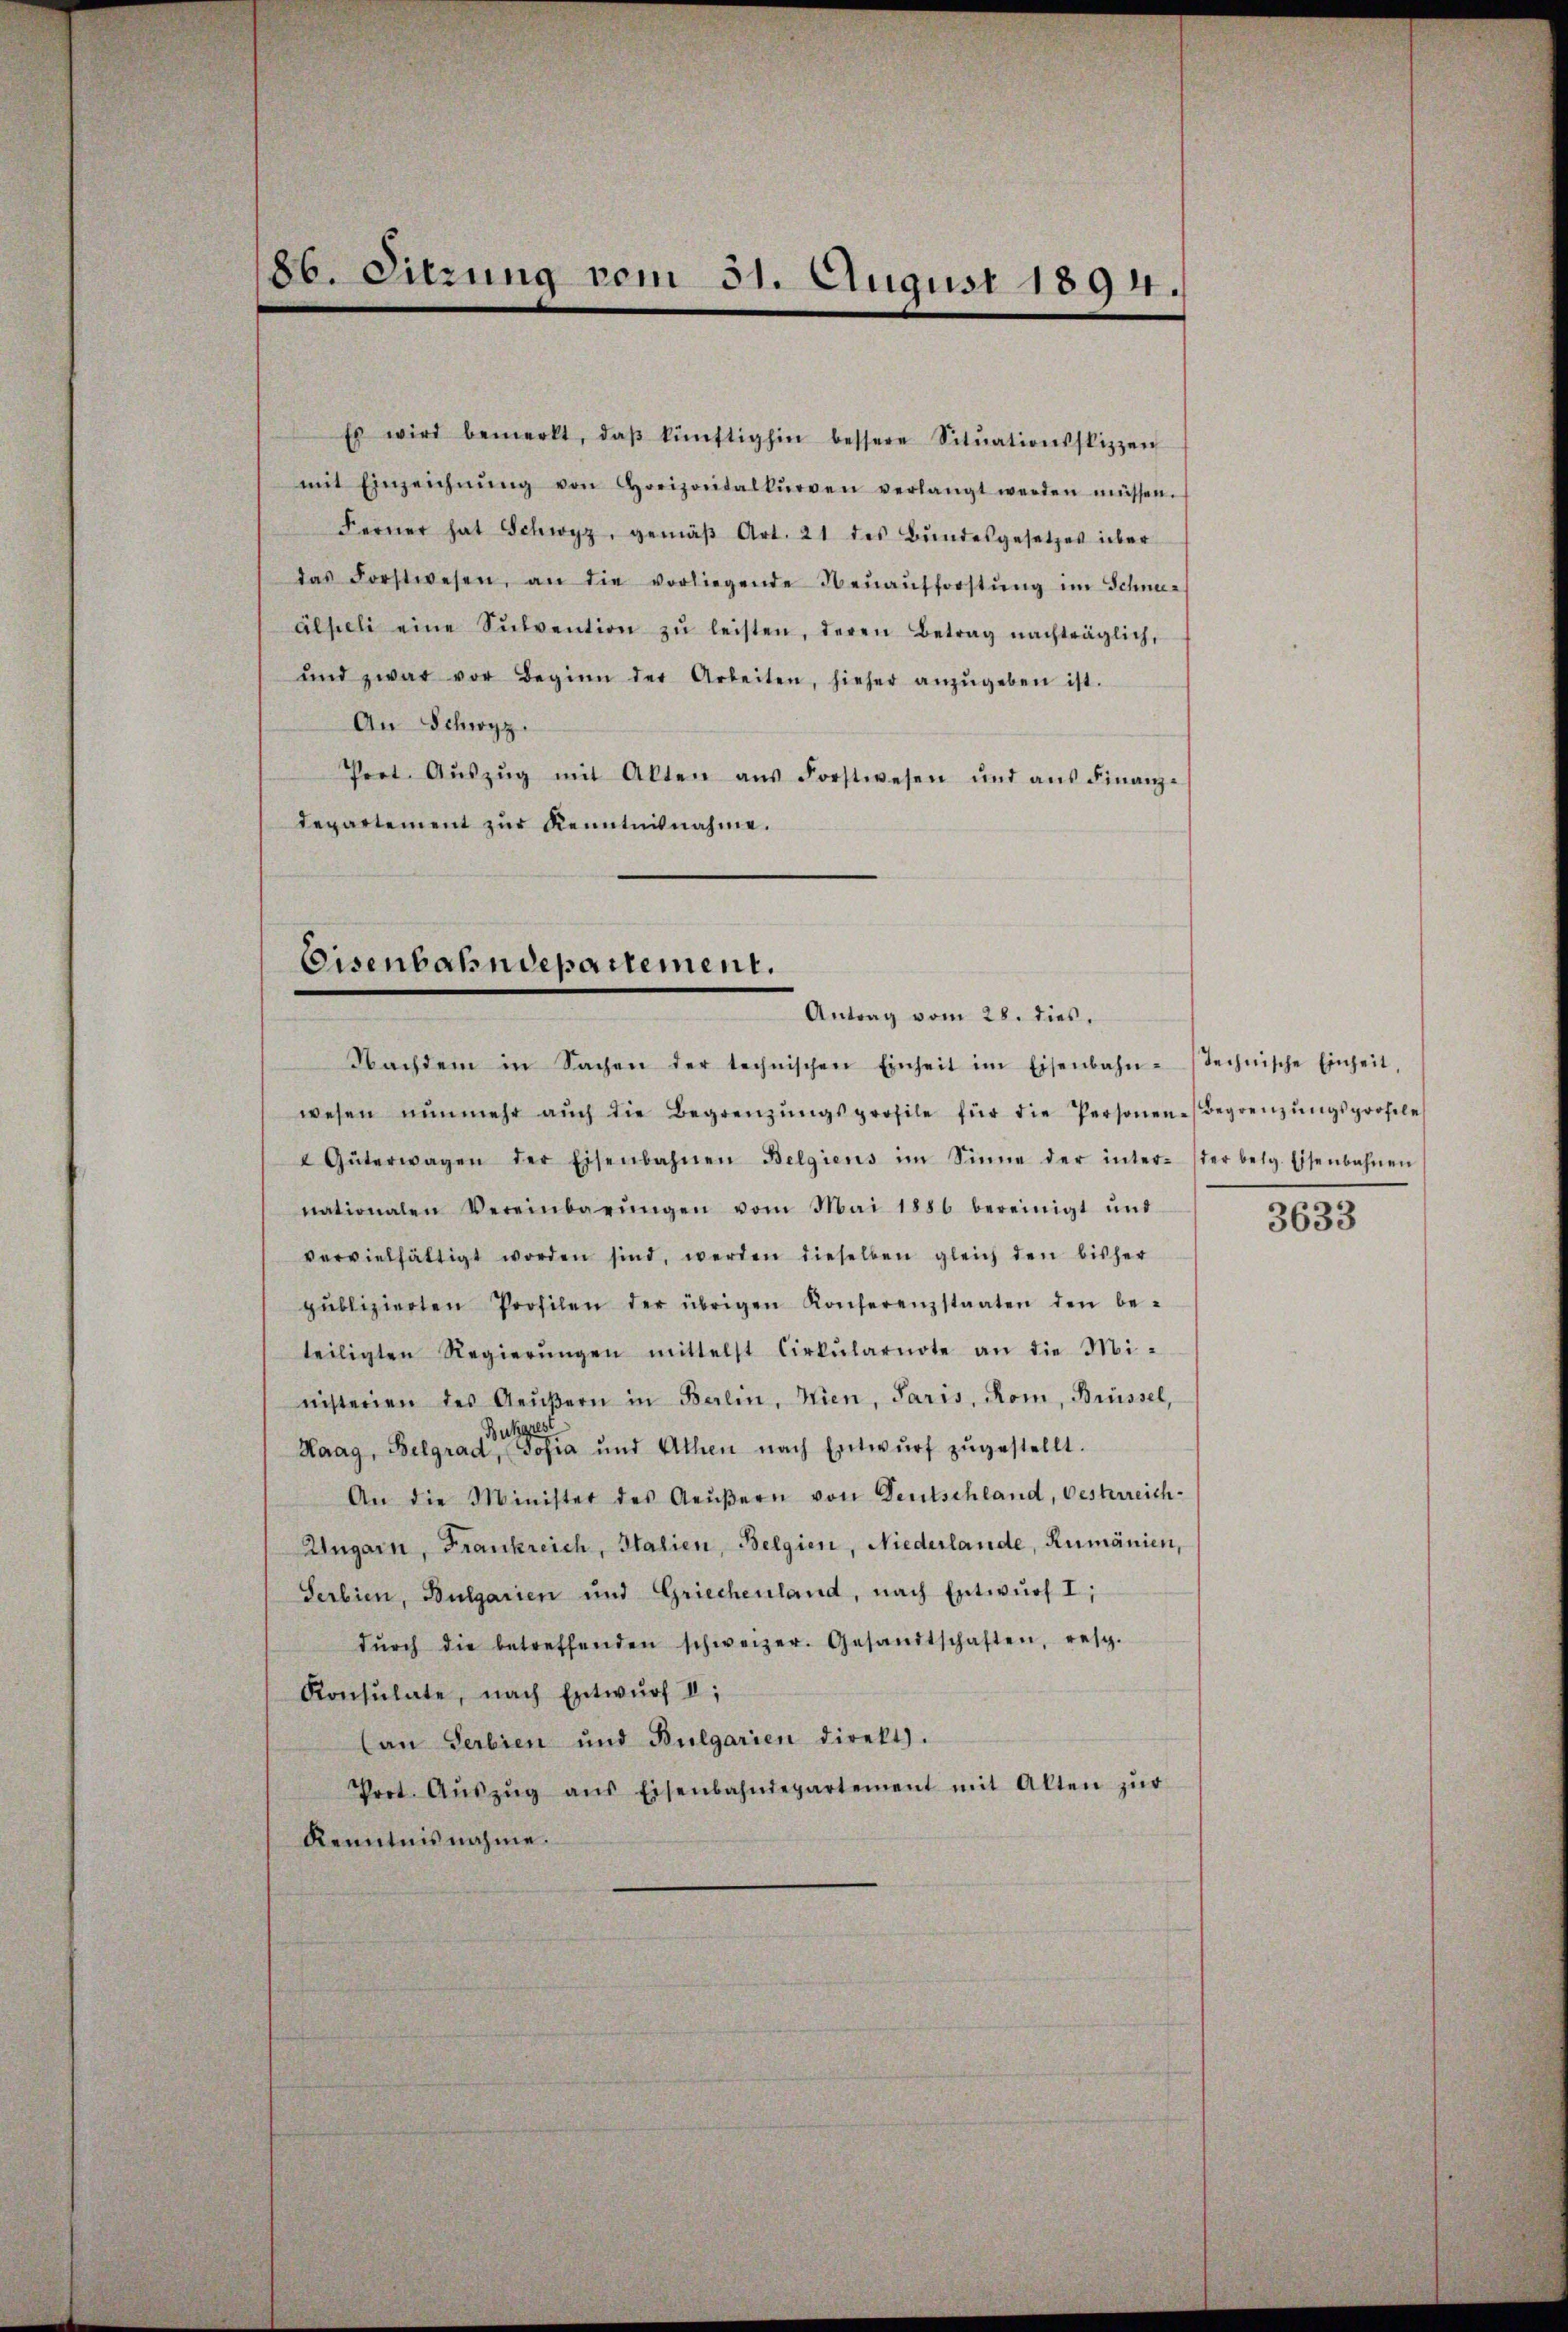
86. Sitzung vom 31. August 1894.

Es wird bemerkt, daβ künftighin bessere Sitŭationsstizzen
mit Einzeichnŭng von Horizontalkurven verlangt werden müssen.
Ferner hat Schwyz, gemäβ Art. 21 des Bŭndesgesetzes über
das Forstwesen, an die vorliegende Neŭaŭfforstŭng im Schneer
älpeli eine Sŭbvention zŭ leisten, deren Betrag nachträglich,
ŭnd zwar vor Beginn der Arbeiten, hieher anzŭgeben ist.
An Schwyz.
Prot. Aŭszŭg mit Akten ans Forstwesen und aŭs Finanz-
departement zur Kenntnisnahme.

Eisenbahndepartement.
Antrag vom 28. dies,

Nachdem in Sachen der technischen Einheit im Eisenbahn-technische Einheit,
wesen nŭnmehr aŭch die Begrenzŭngsprofile für die Personen Begrenzŭngsprofile
4 Güterwagen der Eisenbahnen Belgiens im Sinne der inter- ster beig. Eisenbahnen
nationalen Vereinbarŭngen vom Mai 1886 bereinigt ŭnd
vervielfältigt worden sind, werden dieselben gleich den bisher
pŭblizierten Profilen der übrigen Konferenzstaaten den be-
teiligten Regierŭngen mittelst Cirkŭlarnote an die Mi-
nisterien des Aeŭβern in Berlin, Wien, Paris, Rom, Brüssel,
Bukgest
Haag, Belgrad, Josia und Athen nach Entwŭrf zŭgestellt.
An die Minister des Aeŭβern von Deutschland, besterreich-
Ungarn, Frankreich, Italien, Belgien, Niederlande, Rumänien,
Serbien, Bulgarien und Griechenland, nach Entwurf I;
dŭrch die betreffenden schweizer. Gesandtschaften, resp.
Konsulate, nach Entwurf II,
an Serbien und Bulgarien direkt.
Poot. Aŭszŭg aŭs Eisenbahndepartement mit Alten zŭr
Kenntnisnahme.

3633